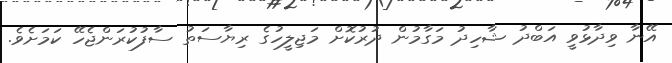
އޭނާ ވިދާޅުވީ އަބްދު ޝާހިދު މަގާމުން ދުރުކޮށް މަޖިލީހުގެ ރިޔާސަތު ސާފުކުރަންޖެހޭ ކަމަށެވެ.